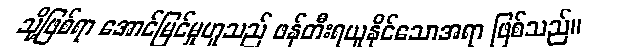
သို့ဖြစ်ရာ အောင်မြင်မှုဟူသည် ဖန်တီးရယူနိုင်သောအရာ ဖြစ်သည်။